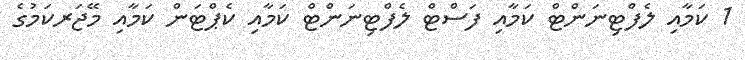
1 ކަމާއި ލެފްޓިނަންޓް ކަމާއި ފަސްޓް ލެފްޓިނަންޓް ކަމާއި ކެޕްޓަން ކަމާއި މޭޖަރކަމުގެ